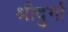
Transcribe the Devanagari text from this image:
श्रीदुर्गा